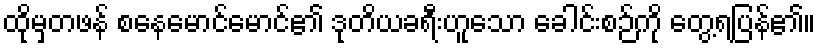
ထိုမှတဖန် စနေမောင်မောင်၏ ဒုတိယခရီးဟူသော ခေါင်းစဉ်ကို တွေ့ရပြန်၏။